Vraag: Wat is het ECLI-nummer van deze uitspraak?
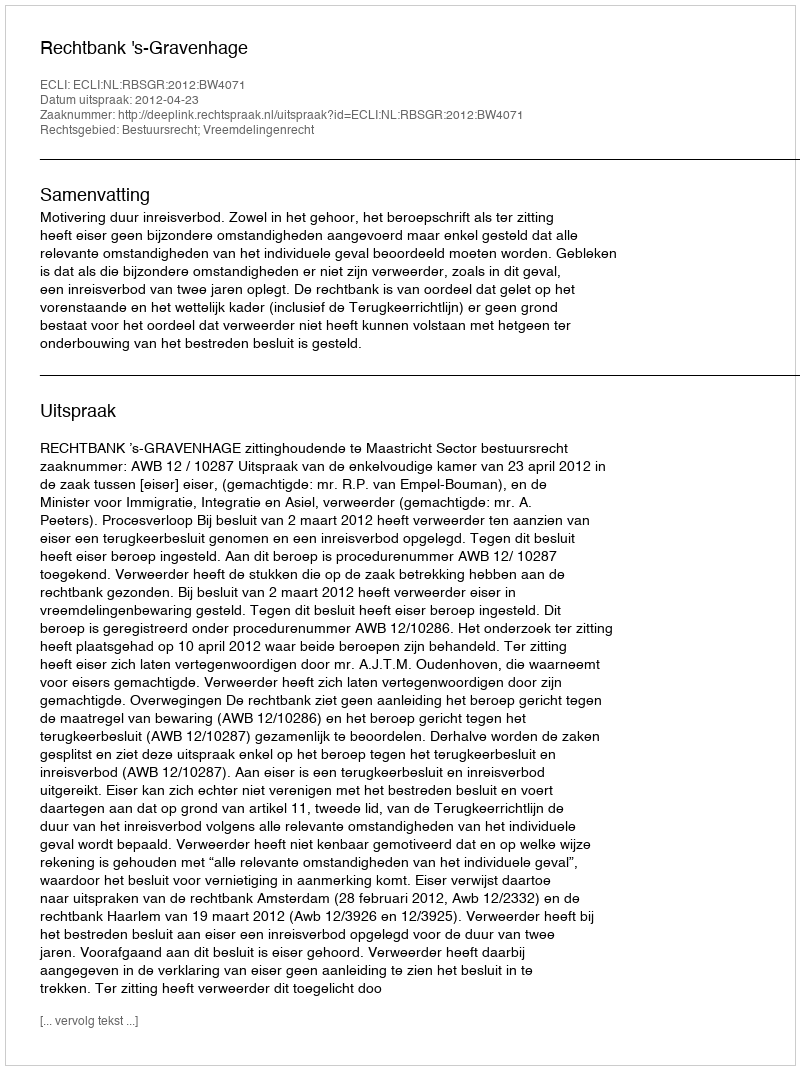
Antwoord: ECLI:NL:RBSGR:2012:BW4071